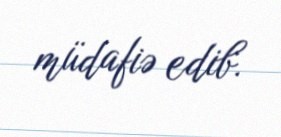
müdafiə edib.